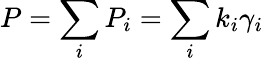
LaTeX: P=\sum_{i}P_{i}=\sum_{i}k_{i}\gamma_{i}